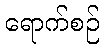
ရောက်စဉ်